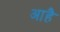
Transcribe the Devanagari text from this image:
आहै